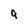
Character: q